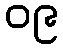
၀၉